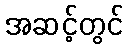
အဆင့်တွင်